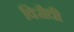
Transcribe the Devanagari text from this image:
विरौधी